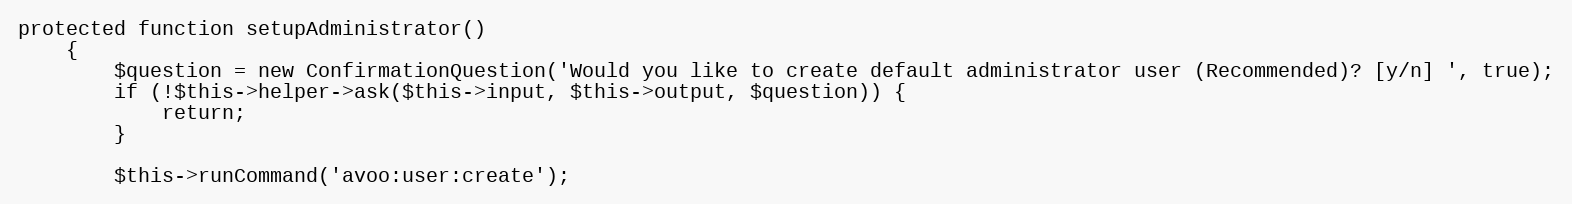
Language: PHP
protected function setupAdministrator()
    {
        $question = new ConfirmationQuestion('Would you like to create default administrator user (Recommended)? [y/n] ', true);
        if (!$this->helper->ask($this->input, $this->output, $question)) {
            return;
        }

        $this->runCommand('avoo:user:create');